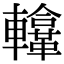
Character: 𨏚